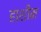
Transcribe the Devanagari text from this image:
हाशीम